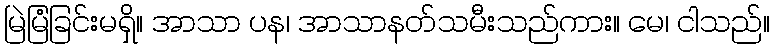
မြဲမြံခြင်းမရှိ။ အာသာ ပန၊ အာသာနတ်သမီးသည်ကား။ မေ၊ ငါသည်။